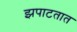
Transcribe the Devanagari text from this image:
झपाटतात